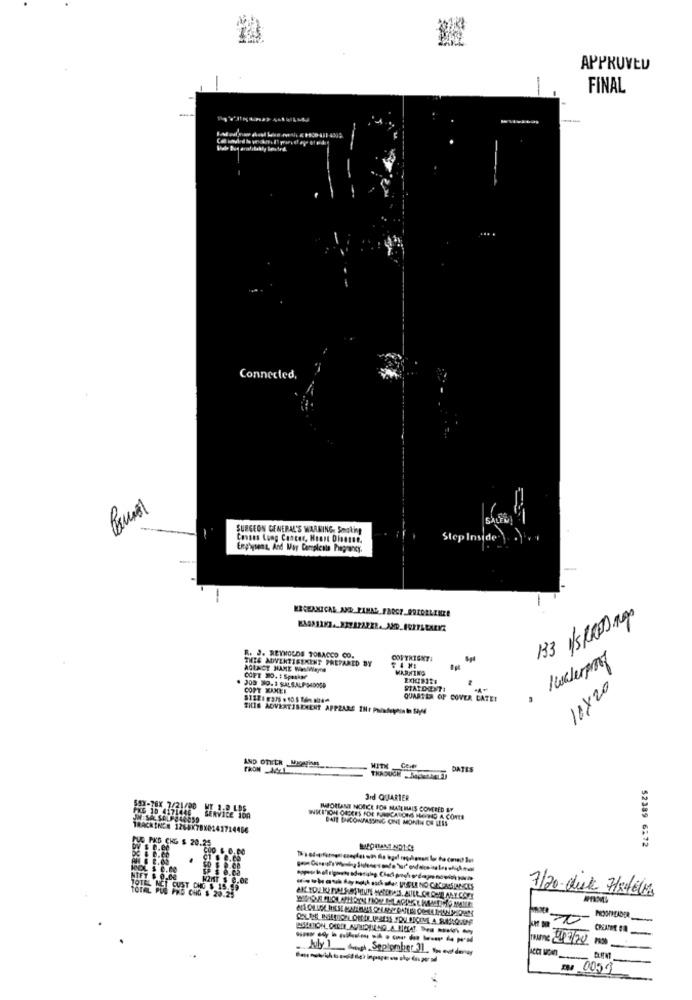
APPRUVED
FINAL
Vous Dog anatotably lev Ard.
Connected,
SURGEON GENERAL'S WARRING, Smokin
Lung Cancer, Heart Disense.
Step Inside) ....
Enphysent, And May Complenla Pregrancy.
-
133 MSKRED Rog
THIS ADVERTISEMENT PREPARED BY
R. J. REYNOLDS TOBACCO CO.
COPYRIGHT
AGENCY HAME WeSWWayre
HARHING
COFT 20. 1 Speaker
209 99. 3 SALS.ALP-340009
COPT KUMET
PIATDENTI
.
10X20
QUART LA OF COVER CATE!
THIS ADVERTISEMENT APPEARS IHr PNadepoint SAM
AND OTHER Wisefinn
DATES
3rd QUARTER
IMPORTANT NOTICE FOS MATE MAIS COMRED BY
BAIT BACONPASSING ONE MONIN OF LESS
TRACKINGN 1268K78X0
PUG PKB CHG $ 20.25
COO $ 0.00
52389 6:72
NIET $ 0.00
7/20-duk Histoire
PU PL ONG $ 20.25
PROONHEADER
-
-----------
July_1_Awph. Seplomberl, tu enden
Inume 2/7/20 00
005